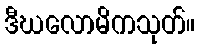
ဒီဃလောမိကသုတ်။